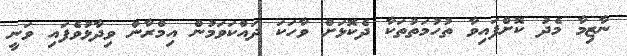
ނާޒިމާ މެދު ކޮށްފައިވާ ތުހުމަތުތަކާ ދެކޮޅަށް ވާހަކަ ދައްކަވަމުން އިމްރާން ވިދާޅުވެފައި ވަނީ